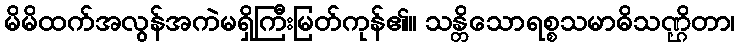
မိမိထက်အလွန်အကဲမရှိကြီးမြတ်ကုန်၏။ သန္တိသောရစ္စသမာဓိသဏ္ဌိတာ၊